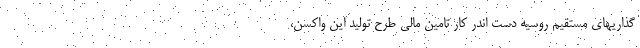
گذاریهای مستقیم روسیه دست اندر کار تامین مالی طرح تولید این واکسن،